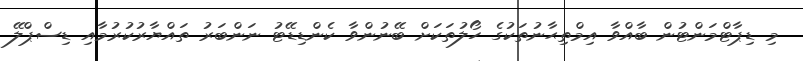
މި ޑިޕާޓްމަންޓުން ބާއްވާ އިމްތިޙާނުތަކުގެ ހޯލުތަކަށް ބޭނުންވާ ކެންޑިޑޭޓު ނަންބަރު ތައްޔާރުކުރުމާއި ޑިސްޕްލޭ